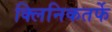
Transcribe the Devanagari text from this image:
क्‍लिनिकतर्फे